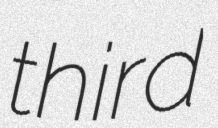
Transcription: third